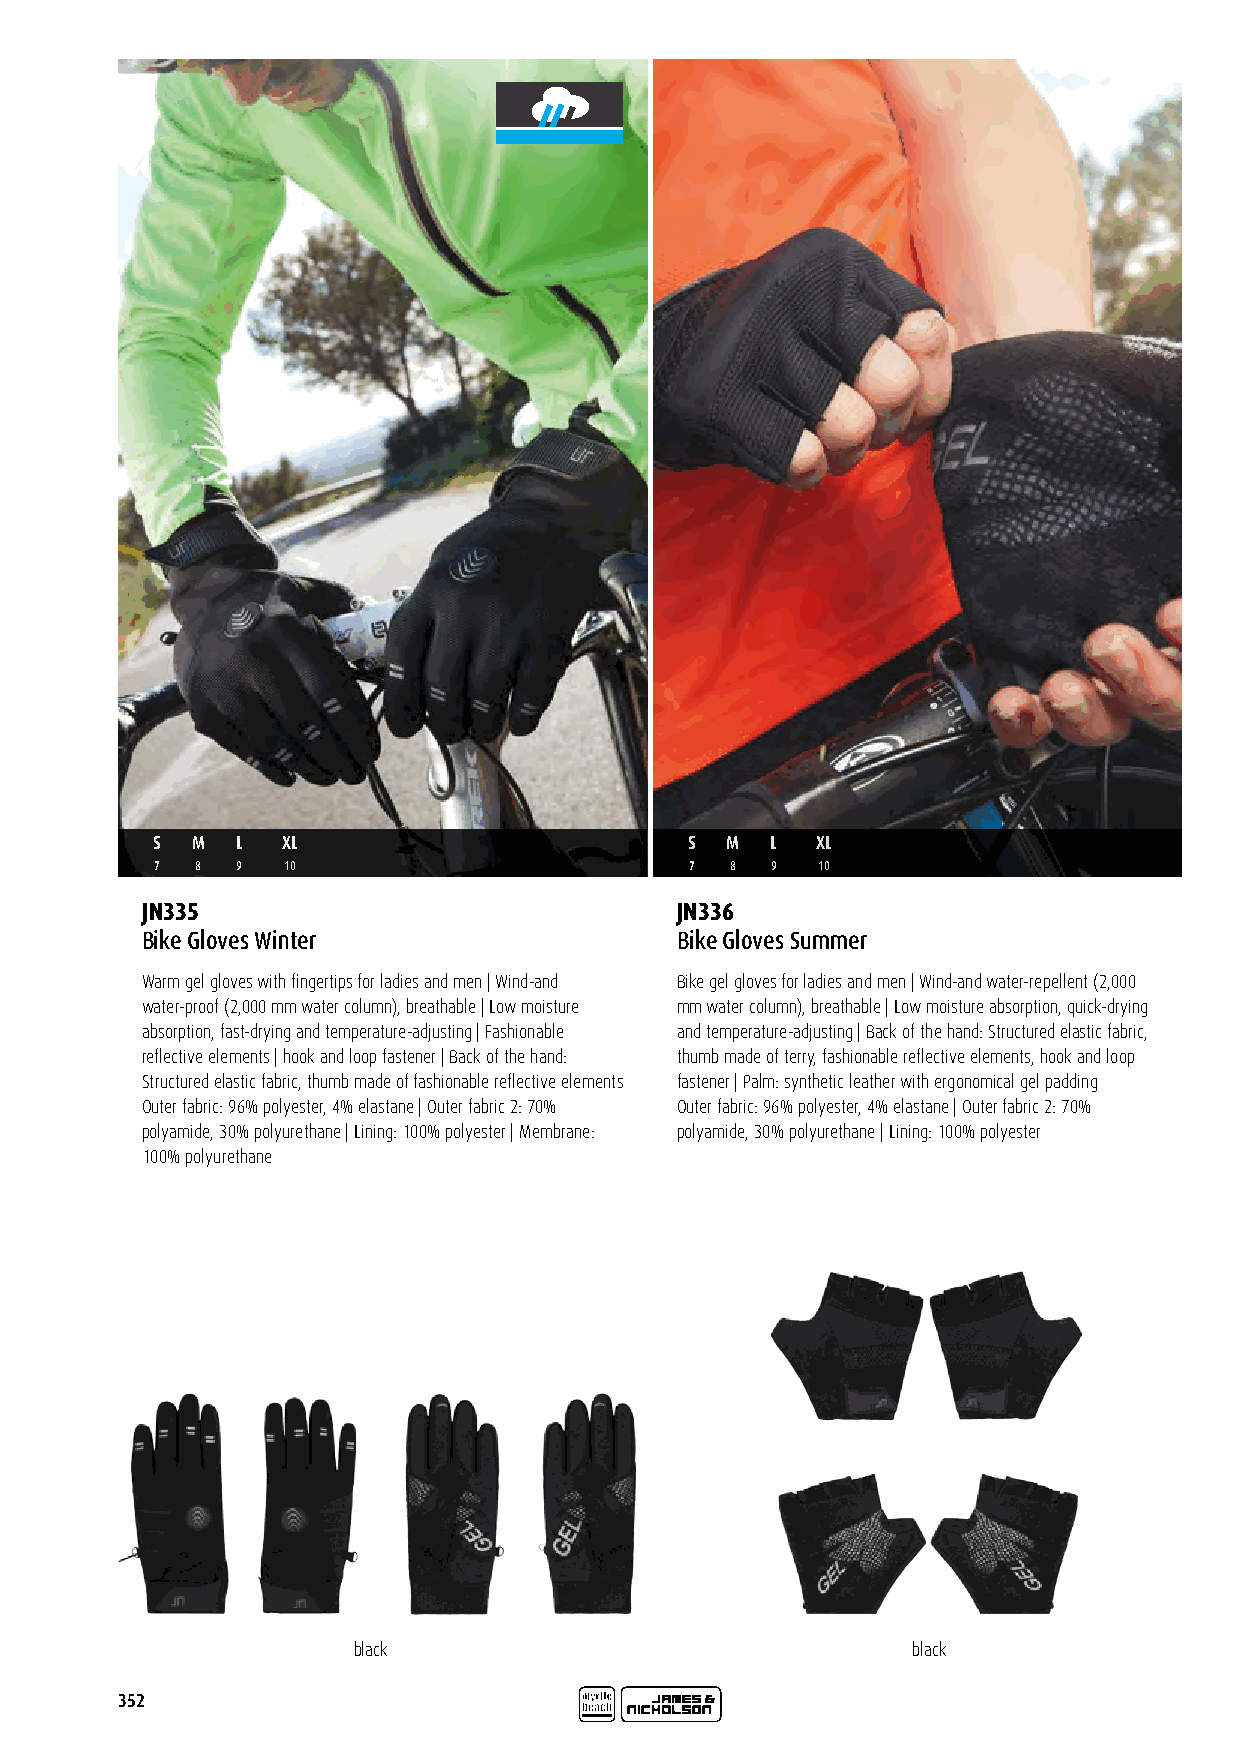
S  M  L  XL                        S  M  L  XL
 7  8  9  10                         7 8  9  10
 JN335                               JN336
 Bike Gloves Winter                  Bike Gloves Summer
 Warm gel gloves with fingertips for ladies and men | Wind-and Bike gel gloves for ladies and men | Wind-and water-repellent (2,000
 water-proof (2,000 mm water column), breathable | Low moisture mm water column), breathable | Low moisture absorption, quick-drying
 absorption, fast-drying and temperature-adjusting | Fashionable and temperature-adjusting | Back of the hand: Structured elastic fabric,
 reflective elements | hook and loop fastener | Back of the hand: thumb made of terry, fashionable reflective elements, hook and loop
 Structured elastic fabric, thumb made of fashionable reflective elements fastener | Palm: synthetic leather with ergonomical gel padding
 Outer fabric: 96% polyester, 4% elastane | Outer fabric 2: 70% Outer fabric: 96% polyester, 4% elastane | Outer fabric 2: 70%
 polyamide, 30% polyurethane | Lining: 100% polyester | Membrane: polyamide, 30% polyurethane | Lining: 100% polyester
 100% polyurethane
 black                                black
 352